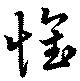
懐